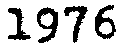
1976